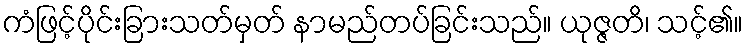
ကံဖြင့်ပိုင်းခြားသတ်မှတ် နာမည်တပ်ခြင်းသည်။ ယုဇ္ဇတိ၊ သင့်၏။